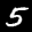
Label: 5